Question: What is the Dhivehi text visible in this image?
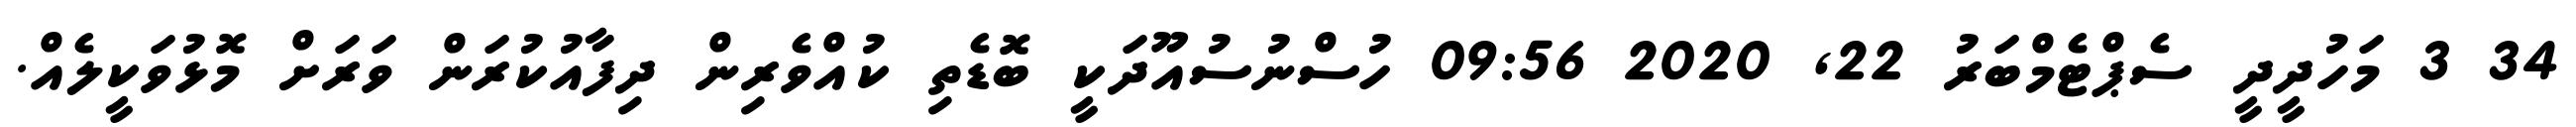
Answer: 34 3 މަހުދީދީ ސެޕްޓެމްބަރު 22, 2020 09:56 ހުސްނުސުއޫދަކީ ބޮޑެތި ކުއްވެރިން ދިފާއުކުރަން ވަރަށް މޮޅުވަކީލެއް.